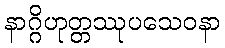
နာဂ္ဂိဟုတ္တဿုပသေဝနာ